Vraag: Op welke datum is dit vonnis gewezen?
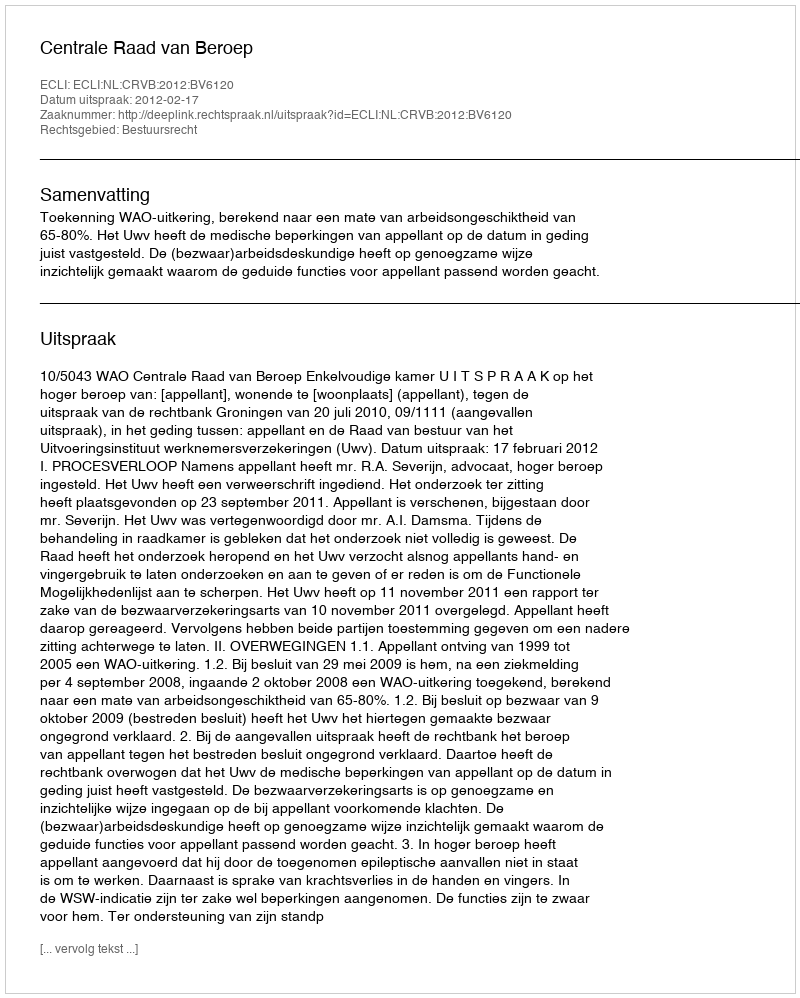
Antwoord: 2012-02-17